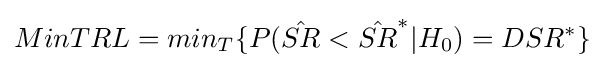
MinTRL=min_{T}\{P({\hat {SR}}<{\hat {SR}}^{*}|H_{0})=DSR^{*}\}